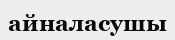
айналасушы